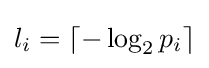
l_{i}=\left\lceil -\log _{2}p_{i}\right\rceil